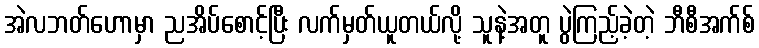
အဲလဘတ်ဟောမှာ ညအိပ်စောင့်ပြီး လက်မှတ်ယူတယ်လို့ သူနဲ့အတူ ပွဲကြည့်ခဲ့တဲ့ ဘီစီအက်စ်